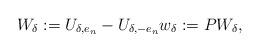
LaTeX: \begin{align*}W_\delta:=U_{\delta,e_n}-U_{\delta,-e_n} w_\delta:=P W_{\delta},\end{align*}